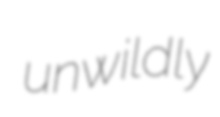
unwildly